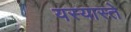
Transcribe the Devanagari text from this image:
यस्यास्ते